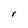
Character: r